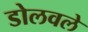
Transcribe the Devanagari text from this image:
डोलवले